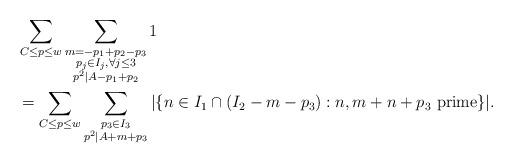
LaTeX: \begin{align*} & \sum_{C \leq p \leq w} \sum_{\substack{m = -p_1 + p_2 - p_3 \\ p_j \in I_j, \forall j \leq 3 \\ p^2 | A - p_1 + p_2}} 1 \\& = \sum_{C \leq p \leq w} \sum_{\substack{p_3 \in I_3 \\ p^2 | A + m + p_3}} |\{ n \in I_1 \cap (I_2 - m - p_3): n, m+n+p_3 \hbox{ prime}\}|.\end{align*}